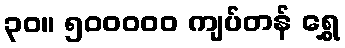
၃၀။ ၅၀၀၀၀၀ ကျပ်တန် ရွှေ